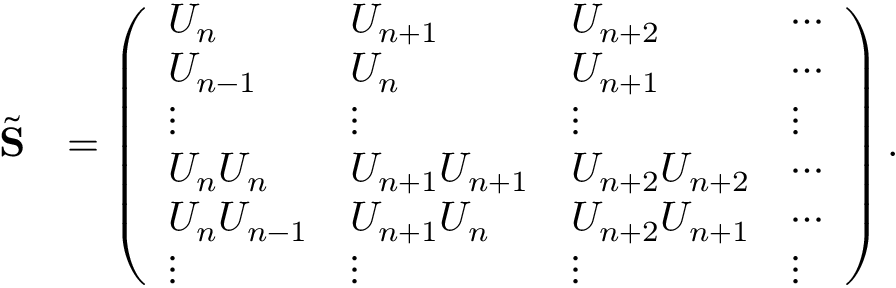
\begin{array} { r l } { \tilde { \bf S } } & { = \left( \begin{array} { l l l l } { U _ { n } } & { U _ { n + 1 } } & { U _ { n + 2 } } & { \cdots } \\ { U _ { n - 1 } } & { U _ { n } } & { U _ { n + 1 } } & { \cdots } \\ { \vdots } & { \vdots } & { \vdots } & { \vdots } \\ { U _ { n } U _ { n } } & { U _ { n + 1 } U _ { n + 1 } } & { U _ { n + 2 } U _ { n + 2 } } & { \cdots } \\ { U _ { n } U _ { n - 1 } } & { U _ { n + 1 } U _ { n } } & { U _ { n + 2 } U _ { n + 1 } } & { \cdots } \\ { \vdots } & { \vdots } & { \vdots } & { \vdots } \end{array} \right) . } \end{array}